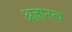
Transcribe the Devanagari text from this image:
अज्ञानत्व